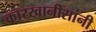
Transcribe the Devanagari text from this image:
कारखानीसांनी